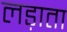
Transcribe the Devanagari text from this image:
लड़ाता